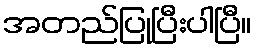
အတည်ပြုပြီးပါပြီ။